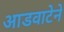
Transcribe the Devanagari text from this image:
आडवाटेने